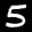
Label: 5